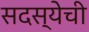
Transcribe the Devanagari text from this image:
सदस्येची